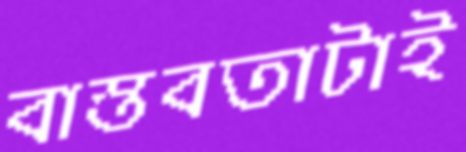
বাস্তবতাটাই